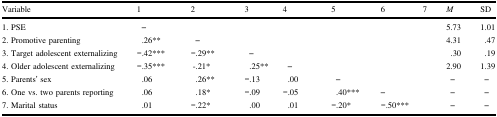
| Variable | 1 | 2 | 3 | 4 | 5 | 6 | 7 | M | SD |
 | --- | --- | --- | --- | --- | --- | --- | --- | --- | --- |
 | 1. PSE | – |  |  |  |  |  |  | 5.73 | 1.01 |
 | 2. Promotive parenting | .26** | – |  |  |  |  |  | 4.31 | .47 |
 | 3. Target adolescent externalizing | −.42*** | −.29** | – |  |  |  |  | .30 | .19 |
 | 4. Older adolescent externalizing | −.35*** | -.21* | .25** | – |  |  |  | 2.90 | 1.39 |
 | 5. Parents’ sex | .06 | .26** | −.13 | .00 | – |  |  | – | – |
 | 6. One vs. two parents reporting | .06 | .18* | −.09 | −.05 | .40*** | – |  | – | – |
 | 7. Marital status | .01 | −.22* | .00 | .01 | −.20* | −.50*** |  | – | – |